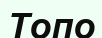
Топо